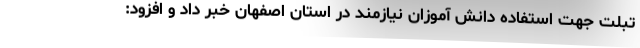
تبلت جهت استفاده دانش آموزان نیازمند در استان اصفهان خبر داد و افزود: